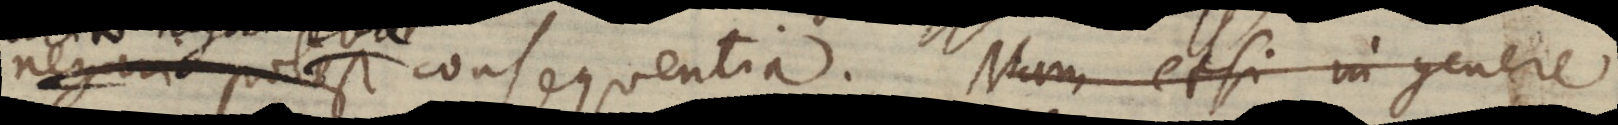
negari potest consequentia. Nam etsi in genere